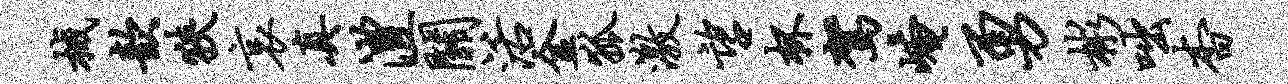
械歆狭哀真澧关活金狐激望杯驾崦勇彬咄杳